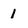
Character: 1